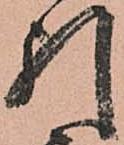
引